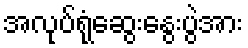
အလုပ်ရုံဆွေးနွေးပွဲအား